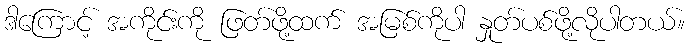
ဒါကြောင့် အကိုင်းကို ဖြတ်ဖို့ထက် အမြစ်ကိုပါ နှုတ်ပစ်ဖို့လိုပါတယ်။